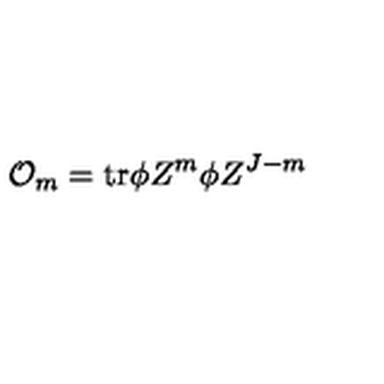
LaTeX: { \cal O } _ { m } = \mathrm { t r } \phi Z ^ { m } \phi Z ^ { J - m }